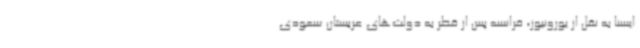
ایسنا به نقل از یورونیوز، فرانسه پس از قطر به دولت‌های عربستان سعودی